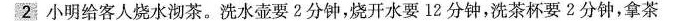
2小明给客人烧水沏茶。洗水壶要2分钟，烧开水要12分钟，洗茶杯要2分钟，拿茶